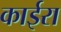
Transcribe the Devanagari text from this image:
काईरा